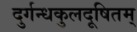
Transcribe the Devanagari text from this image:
दुर्गन्धकुलदूषितम्